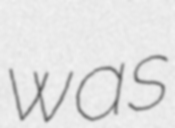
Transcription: was